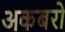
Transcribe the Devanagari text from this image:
अकबरो